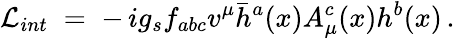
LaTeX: {\cal L}_{int}\; =\; -\, ig_{s}f_{abc}v^{\mu}\bar{h}^{a}(x)A_{\mu}^{c}(x)h^{b}(x)\, .